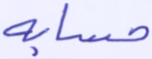
حسابه